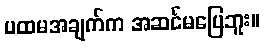
ပထမအချက်က အဆင်မပြေဘူး။